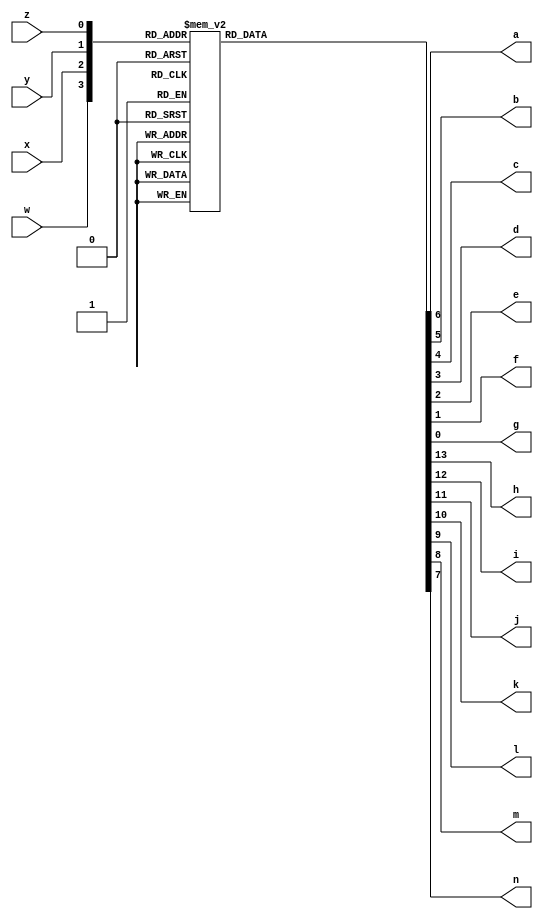
module TwosComplement (
  input w,x,y,z,
  output reg a,b,c,d,e,f,g,h,i,j,k,l,m,n);
  always @ (w,x,y,z) 
    case({w,x,y,z})
      4'b0000: begin {a,b,c,d,e,f,g} = 7'b0000001; {h,i,j,k,l,m,n} =   7'b1111111; end //0
		4'b0001: begin {a,b,c,d,e,f,g} = 7'b1001111; {h,i,j,k,l,m,n} =   7'b1111111; end //1
		4'b0010: begin {a,b,c,d,e,f,g} = 7'b0010010; {h,i,j,k,l,m,n} =   7'b1111111; end //2
		4'b0011: begin {a,b,c,d,e,f,g} = 7'b0000110; {h,i,j,k,l,m,n} =   7'b1111111; end //3
		4'b0100: begin {a,b,c,d,e,f,g} = 7'b1001100; {h,i,j,k,l,m,n} =   7'b1111111; end //4
		4'b0101: begin {a,b,c,d,e,f,g} = 7'b0100100; {h,i,j,k,l,m,n} =   7'b1111111; end //5
		4'b0110: begin {a,b,c,d,e,f,g} = 7'b0100000; {h,i,j,k,l,m,n} =   7'b1111111; end //6
		4'b0111: begin {a,b,c,d,e,f,g} = 7'b0001111; {h,i,j,k,l,m,n} =   7'b1111111; end//7
		4'b1000: begin {a,b,c,d,e,f,g} =  7'b0000000;  {h,i,j,k,l,m,n} =  7'b1111110; end //-8		
		4'b1001: begin {a,b,c,d,e,f,g} =  7'b0001111;  {h,i,j,k,l,m,n} =  7'b1111110; end //-7
		4'b1010: begin {a,b,c,d,e,f,g} =  7'b0100000;  {h,i,j,k,l,m,n} =  7'b1111110; end //-6
		4'b1011: begin {a,b,c,d,e,f,g} =  7'b0100100;  {h,i,j,k,l,m,n} =  7'b1111110; end //-5
		4'b1100: begin {a,b,c,d,e,f,g} =  7'b1001100;  {h,i,j,k,l,m,n} =  7'b1111110; end //-4
		4'b1101: begin {a,b,c,d,e,f,g} =  7'b0000110;  {h,i,j,k,l,m,n} =  7'b1111110; end //-3
		4'b1110: begin {a,b,c,d,e,f,g} =  7'b0010010;  {h,i,j,k,l,m,n} =  7'b1111110; end //-2
		4'b1111: begin {a,b,c,d,e,f,g} =  7'b1001111;  {h,i,j,k,l,m,n} =  7'b1111110; end //-1
		endcase

endmodule